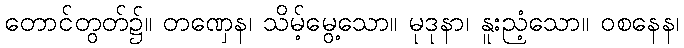
တောင်တွတ်၌။ တဏှေန၊ သိမ့်မွေ့သော။ မုဒုနာ၊ နူးညံ့သော။ ဝစနေန၊